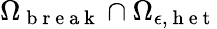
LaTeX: {\Omega}_{\mathrm{~b~r~e~a~k~}}\cap{\Omega}_{\epsilon,\mathrm{~h~e~t~}}